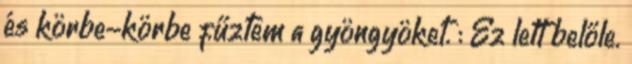
és körbe-körbe fűztem a gyöngyöket. : Ez lett belőle.